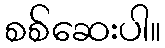
စစ်ဆေးပါ။